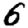
Digit: 6